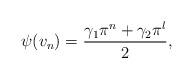
LaTeX: \begin{align*} \psi(v_n)=\frac{\gamma_1\pi^n+\gamma_2\pi^l}{2}, \end{align*}